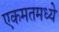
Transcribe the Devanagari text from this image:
एकमतमध्ये